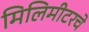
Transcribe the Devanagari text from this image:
मिलिमीटरचे